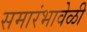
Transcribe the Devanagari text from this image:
समारंभावेळी